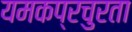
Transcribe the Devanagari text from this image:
यमकप्रचुरता